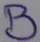
Text: B